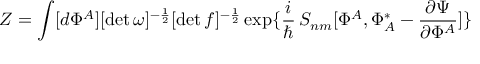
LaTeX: Z = \int [ d \Phi ^ { A } ] [ \operatorname * { d e t } \omega ] ^ { - { \frac { 1 } { 2 } } } [ \operatorname * { d e t } f ] ^ { - { \frac { 1 } { 2 } } } \exp \{ \frac { i } { \hbar } \, S _ { n m } [ \Phi ^ { A } , \Phi _ { A } ^ { * } - { \frac { \partial \Psi } { \partial \Phi ^ { A } } } ] \}